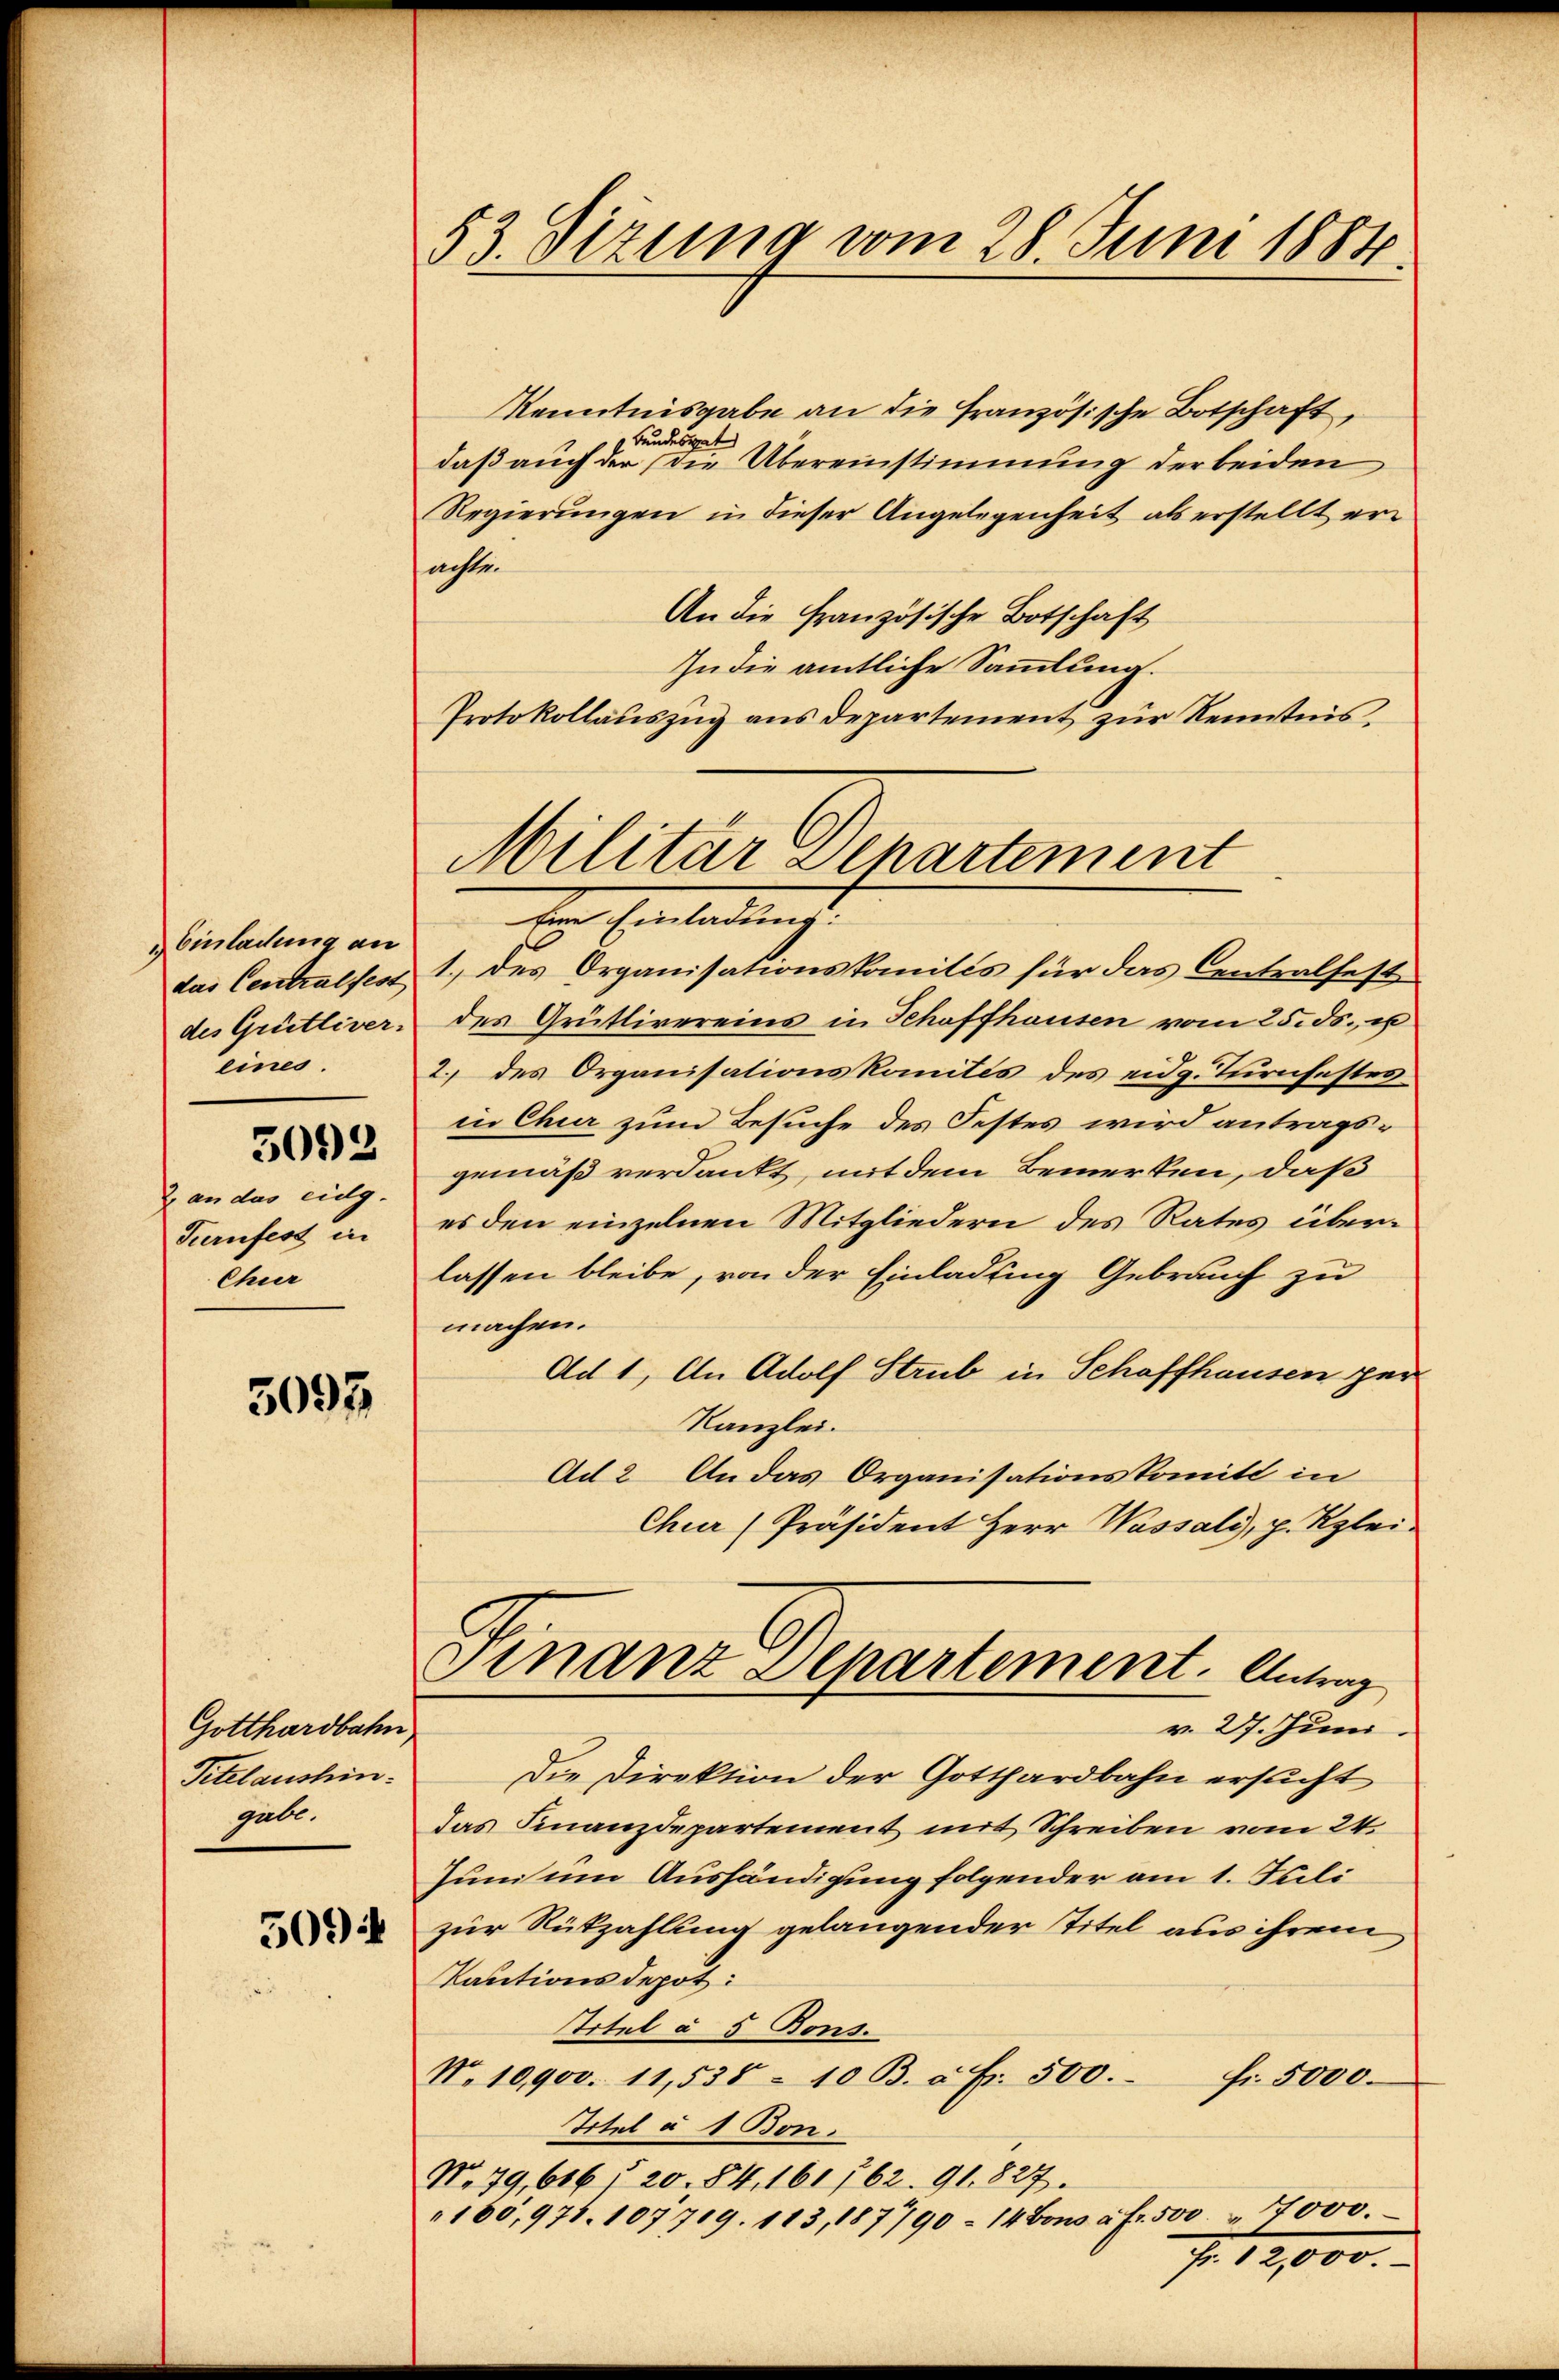
Einladung an
das Centralfest
des Grütliver-
eines.
5092
2 an das eidg.
Turnfest in
Chur

5095

Gotthardbahn
Titel aushingabe.
5094

53. Dezung vom 28. Juni 1884.

Militär Departement
Eine Einladung:

Kenntnisgabe an die französische Botschaft,
Bundesrat
daß auch der die Übereinstimmung der beiden
Regierŭngen in dieser Angelegenheit als erstellt er-
achte.
An die französische Botschaft
In die amtliche Sammlung.
Protokollauszug aus departement zur Kenntnis.
1. des Organisationskomités für das Centralfest
des Grüttivereins in Schaffhausen vom 25. ds. u
2. des Organisationskomités des eidg. Turnfestes
in Chur zum Besuche des Festes wird antragsgemäß verdankt, mit dem Bemerken, daß
es den einzelnen Mitgliedern des Rates überlassen bleibe, von der Einladung Gebrauch zu
machen.
Ad 1, An Adolf Strub in Schaffhausen per
Kanzlei.
Ad 2. An das Organisationskomitt in
Chur (Präsident Herr Wassali, p. Kglei-
Finanz Departement. Antrag
v. 27. Juni.
Die Direktion der Gotthardbahn ersucht
das Finanzdepartement mit Schreiben vom 24.
Juni um Aushändigung folgender am 1. Juli
zur Rükzahlung gelangender Titel aus ihrem
Tautionsdepot:
Atitel à 5 Bons.
N. 10,900. 11,538 - 10 B. à Fr. 500.
fr. 5000.
Titel à 1 Bon.
N. 79, 616 f 20. 84, 161 762. 91. 827.
"100,971. 107709. 113, 1877/90 - 14 Bons à fr. 500. 4000.
Nr. 12,000.